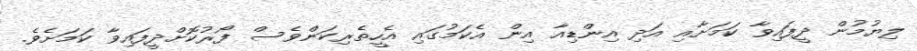
ލިޔުމުން ދީފައިވާ ކަމަށާއި އަދި އިންޑިއާ އިން އެކަމުގައި އެހީތެރިކަންވެސް ފޯރުކޮށްދީފައިވާ ކަމަށެވެ.